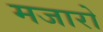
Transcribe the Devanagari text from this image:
मजारो